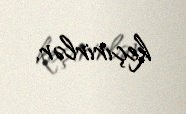
keçirirlər.